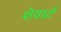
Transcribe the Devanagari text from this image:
शेवार्ट